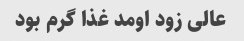
عالی زود اومد غذا گرم بود